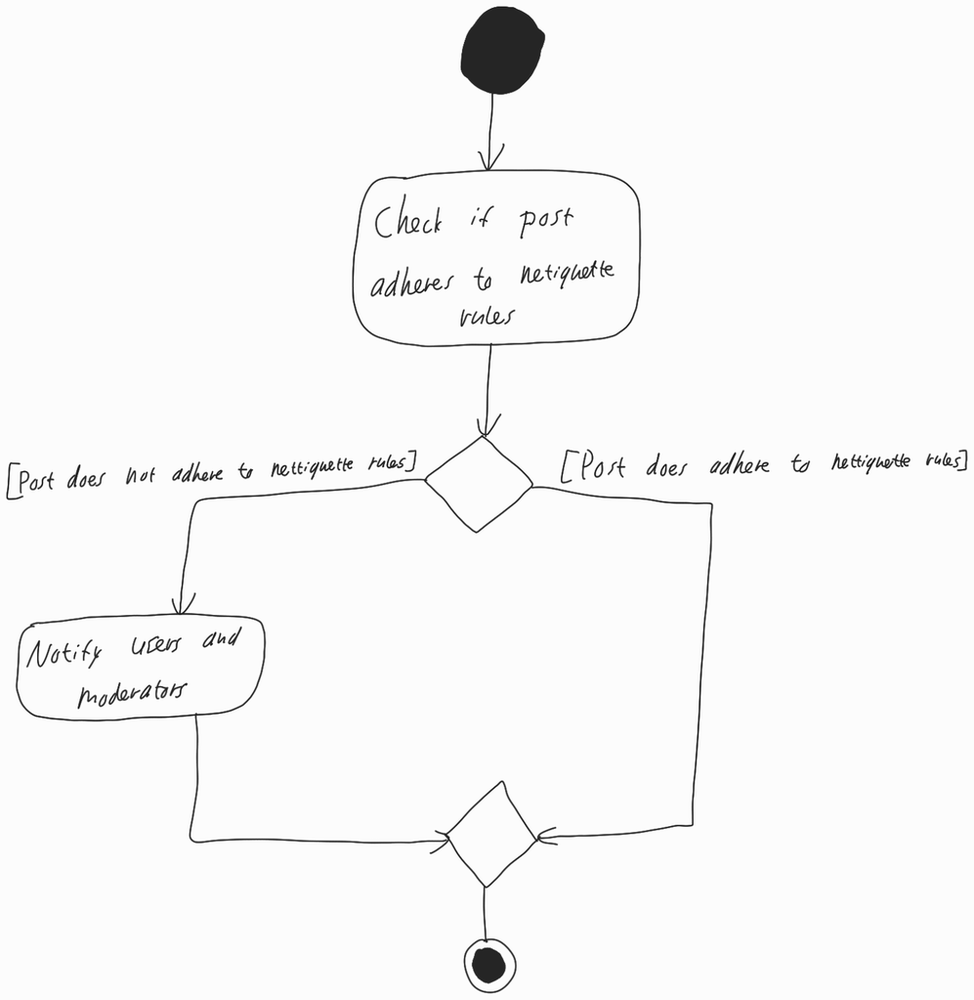
Diagram type: activity_diagram
```plantuml
@startuml

start

:Check if post adheres to netiqette checks;

if () then ([Post does not adhere to nettiquette rules])
  :Notify users and moderators;
else ([Post does adhere to nettiquette rules])
endif

stop

@enduml
```